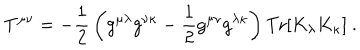
T ^ { \mu \nu } = - { \frac { 1 } { 2 } } \left( g ^ { \mu \lambda } g ^ { \nu \kappa } - { \frac { 1 } { 2 } } g ^ { \mu \nu } g ^ { \lambda \kappa } \right) \mathrm { T r } [ K _ { \lambda } K _ { \kappa } ] \ .